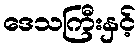
ဒေသကြီးနှင့်